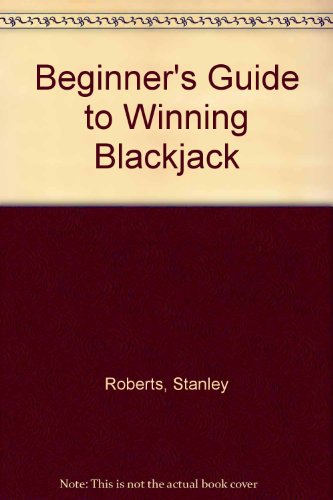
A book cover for The Beginner's Guide to Winning Blackjack; Stanley Roberts; Humor & Entertainment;